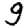
Digit: 9